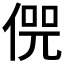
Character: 𠋨